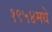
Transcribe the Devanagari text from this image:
१९५४मधे